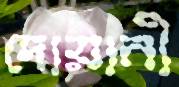
দোয়ানী